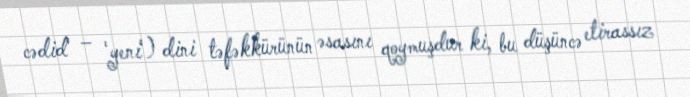
cədid' – 'yeni') dini təfəkkürünün əsasını qoymuşdur ki, bu düşüncə etirassız